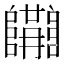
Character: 𨽝